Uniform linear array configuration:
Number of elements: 24
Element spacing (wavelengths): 0.75
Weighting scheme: binomial
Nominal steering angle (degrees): -60
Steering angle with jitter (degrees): -59.416
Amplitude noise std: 0.05
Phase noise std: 0.05

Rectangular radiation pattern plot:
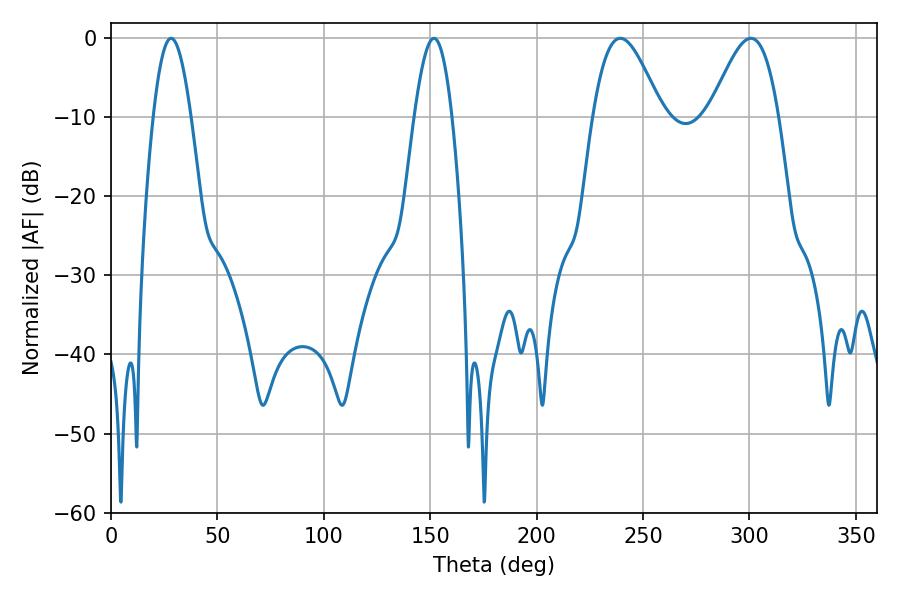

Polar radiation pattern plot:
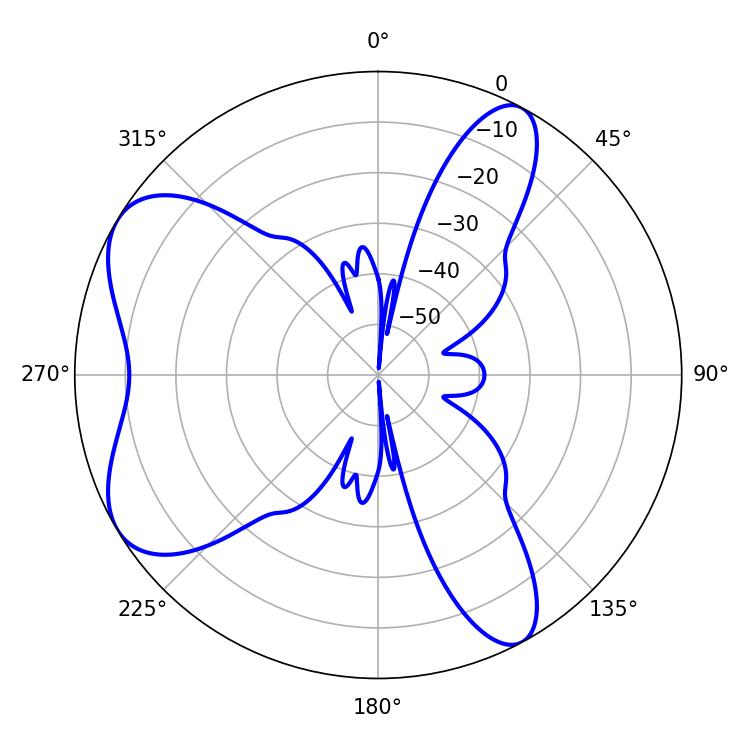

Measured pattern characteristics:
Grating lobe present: TRUE
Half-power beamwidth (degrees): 9.54
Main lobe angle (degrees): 28.26